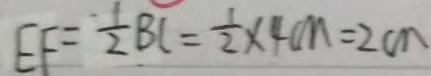
E F = \frac { 1 } { 2 } B C = \frac { 1 } { 2 } \times 4 c m = 2 c m